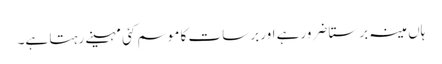
ہاں مینہ برستا ضرورہے اور برسات کا موسم کئی مہینے رہتا ہے۔